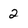
Character: 2